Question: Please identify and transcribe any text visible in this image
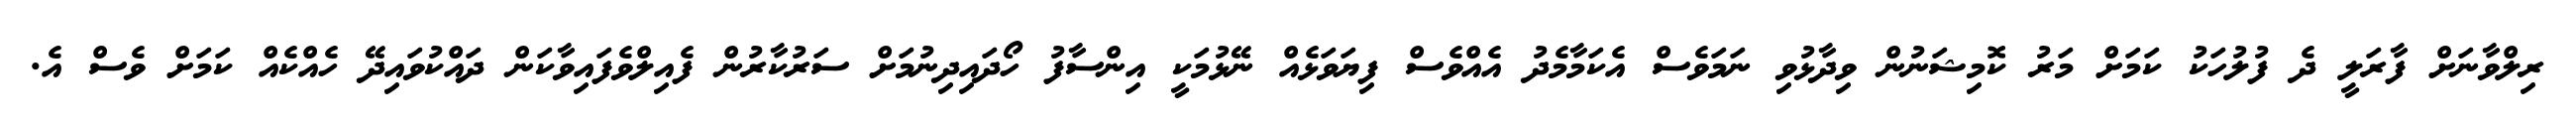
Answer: ރިލްވާނަށް ފާރަލީ ދެ ފުލުހަކު ކަމަށް މަރު ކޮމިޝަނުން ވިދާޅުވި ނަމަވެސް އެކަމާމެދު އެއްވެސް ފިޔަވަޅެއް ނޭޅުމަކީ އިންސާފު ހޯދައިދިނުމަށް ސަރުކާރުން ފެއިލްވެފައިވާކަން ދައްކުވައިދޭ ހެއްކެއް ކަމަށް ވެސް އެ.